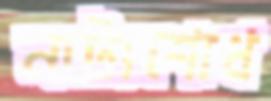
নাট্যশোধ